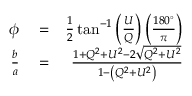
\begin{array} { r l r } { \phi } & { { } = } & { \frac { 1 } { 2 } \tan ^ { - 1 } \left( \frac { U } { Q } \right) \left( \frac { 1 8 0 ^ { \circ } } { \pi } \right) } \\ { \frac { b } { a } } & { { } = } & { \frac { 1 + Q ^ { 2 } + U ^ { 2 } - 2 \sqrt { Q ^ { 2 } + U ^ { 2 } } } { 1 - \left( Q ^ { 2 } + U ^ { 2 } \right) } } \end{array}